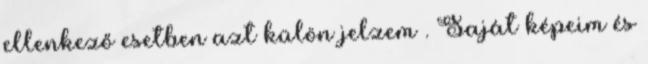
ellenkező esetben azt külön jelzem . Saját képeim és